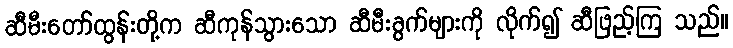
ဆီမီးတော်ထွန်းတို့က ဆီကုန်သွားသော ဆီမီးခွက်များကို လိုက်၍ ဆီဖြည့်ကြ သည်။